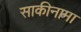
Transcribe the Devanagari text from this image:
साकीनामा